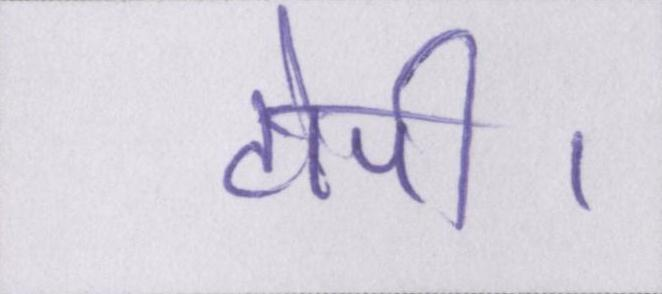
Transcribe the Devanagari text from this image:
टोपी।